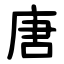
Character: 唐